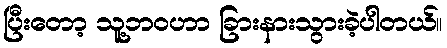
ပြီးတော့ သူ့ဘဝဟာ ခြားနားသွားခဲ့ပါတယ်။